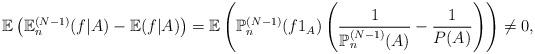
LaTeX: \begin{align*}\mathbb{E}\left( \mathbb{E}_{n}^{(N-1)}(f|A)-\mathbb{E}(f|A)\right)=\mathbb{E}\left( \mathbb{P}_{n}^{(N-1)}(f1_{A})\left( \frac{1}{\mathbb{P}_{n}^{(N-1)}(A)}-\frac{1}{P(A)}\right) \right) \neq0,\end{align*}